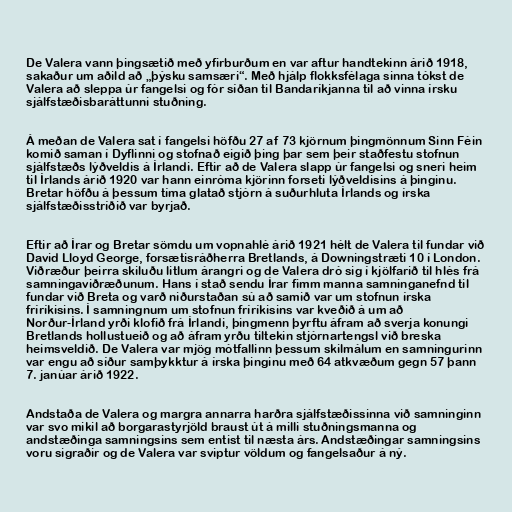
De Valera vann þingsætið með yfirburðum en var aftur handtekinn árið 1918,
sakaður um aðild að „þýsku samsæri“. Með hjálp flokksfélaga sinna tókst de
Valera að sleppa úr fangelsi og fór síðan til Bandaríkjanna til að vinna írsku
sjálfstæðisbaráttunni stuðning.

Á meðan de Valera sat í fangelsi höfðu 27 af 73 kjörnum þingmönnum Sinn Féin
komið saman í Dyflinni og stofnað eigið þing þar sem þeir staðfestu stofnun
sjálfstæðs lýðveldis á Írlandi. Eftir að de Valera slapp úr fangelsi og sneri heim
til Írlands árið 1920 var hann einróma kjörinn forseti lýðveldisins á þinginu.
Bretar höfðu á þessum tíma glatað stjórn á suðurhluta Írlands og írska
sjálfstæðisstríðið var byrjað.

Eftir að Írar og Bretar sömdu um vopnahlé árið 1921 hélt de Valera til fundar við
David Lloyd George, forsætisráðherra Bretlands, á Downingstræti 10 í London.
Viðræður þeirra skiluðu litlum árangri og de Valera dró sig í kjölfarið til hlés frá
samningaviðræðunum. Hans í stað sendu Írar fimm manna samninganefnd til
fundar við Breta og varð niðurstaðan sú að samið var um stofnun írska
fríríkisins. Í samningnum um stofnun fríríkisins var kveðið á um að
Norður-Írland yrði klofið frá Írlandi, þingmenn þyrftu áfram að sverja konungi
Bretlands hollustueið og að áfram yrðu tiltekin stjórnartengsl við breska
heimsveldið. De Valera var mjög mótfallinn þessum skilmálum en samningurinn
var engu að síður samþykktur á írska þinginu með 64 atkvæðum gegn 57 þann
7. janúar árið 1922.

Andstaða de Valera og margra annarra harðra sjálfstæðissinna við samninginn
var svo mikil að borgarastyrjöld braust út á milli stuðningsmanna og
andstæðinga samningsins sem entist til næsta árs. Andstæðingar samningsins
voru sigraðir og de Valera var sviptur völdum og fangelsaður á ný.